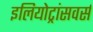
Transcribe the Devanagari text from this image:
इलियोट्रांसवर्स